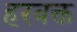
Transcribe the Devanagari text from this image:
हरवक्त